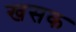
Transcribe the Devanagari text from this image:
खसक